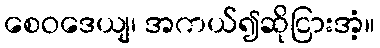
စေဝဒေယျ၊ အကယ်၍ဆိုငြားအံ့။